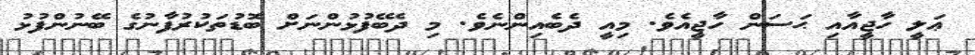
ޢަލީ ހާޖީއާއި ޙަސަން ހާޖީއެވެ. މިއީ ދެބެއިންނެވެ. މި ދެބޭފުޅުންނަށް ބޮޑުތަކުރުފާނުގެ ބޭނުންފުޅު